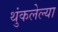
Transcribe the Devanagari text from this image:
थुंकलेल्या